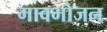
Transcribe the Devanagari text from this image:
गावभोजन